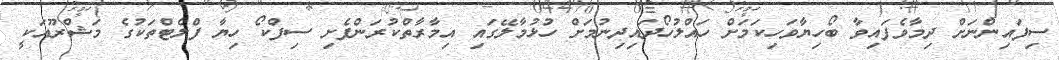
ސިފައިންނަށް ދިމާވެފައިވާ ބޯހިޔާވަހިކަމަށް ހައްލުހޯދައިދިނުމަށް ހުޅުމާލޭގައި އިމާރާތްކުރަންފެށި ސިފްކޯ ހިޔާ ފްލެޓްތަކުގެ މަޝްރޫއަކީ